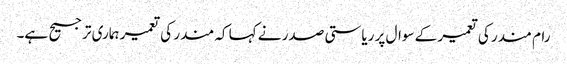
رام مندر کی تعمیر کے سوال پر ریاستی صدر نے کہا کہ مندر کی تعمیر ہماری ترجیح ہے۔